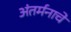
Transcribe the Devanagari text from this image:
अंतर्मनाचे